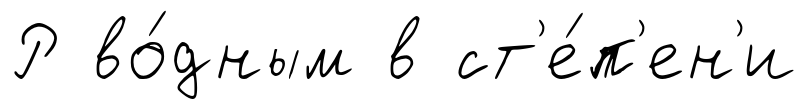
Р во́дным в ст'е́п'ен'и